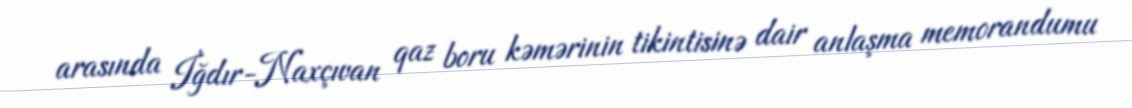
arasında İğdır-Naxçıvan qaz boru kəmərinin tikintisinə dair anlaşma memorandumu